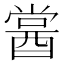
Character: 𨡔